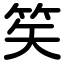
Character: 笶